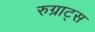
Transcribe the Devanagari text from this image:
रुग्राट्स